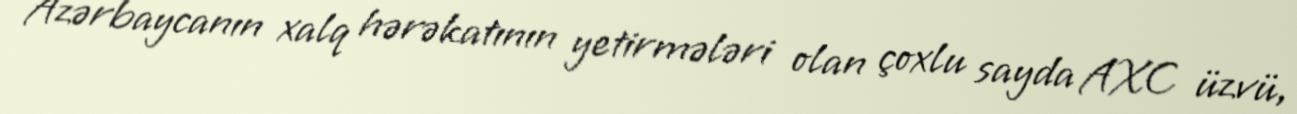
Azərbaycanın xalq hərəkatının yetirmələri olan çoxlu sayda AXC üzvü,